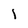
Character: I